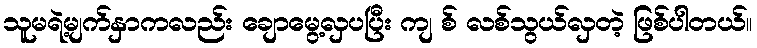
သူမရဲ့မျက်နှာကလည်း ချောမွေ့လှပပြီး ကျ စ် လစ်သွယ်လှတဲ့ ဖြစ်ပါတယ်။